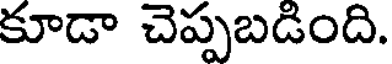
కూడా చెప్పబడింది.